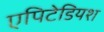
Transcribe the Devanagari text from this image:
एपिटेडियश